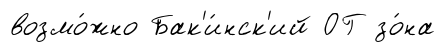
возмо́жно Бак'и́нск'ий ОГ зо́на